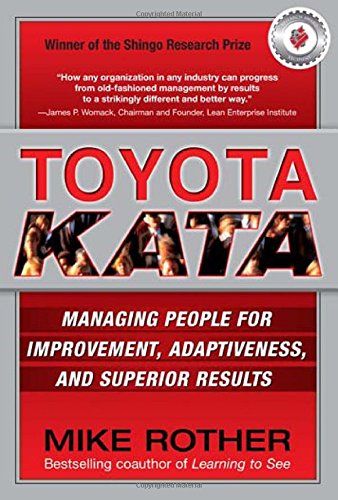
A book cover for Toyota Kata: Managing People for Improvement, Adaptiveness and Superior Results; Mike Rother; Business & Money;